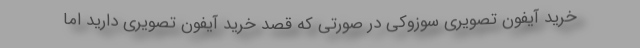
خرید آیفون تصویری سوزوکی در صورتی که قصد خرید آیفون تصویری دارید اما